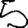
Digit: 5